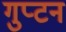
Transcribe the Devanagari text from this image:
गुप्टन